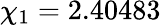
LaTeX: \chi_{1}=2.40483